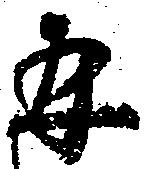
并